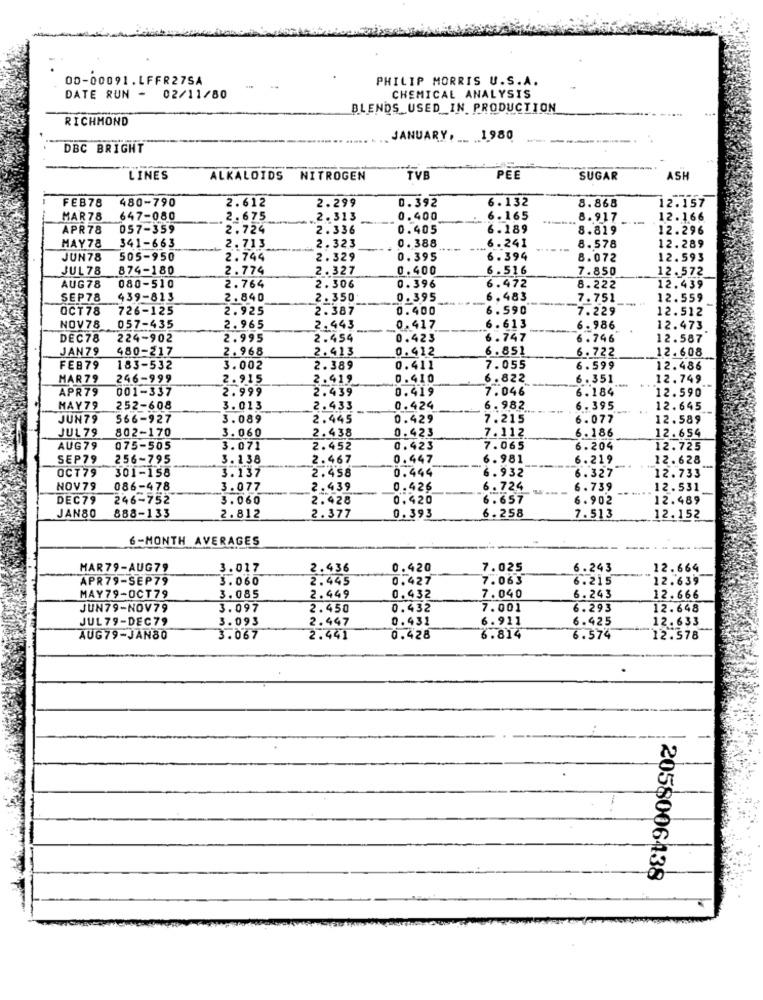
00-00091.LFFR27SA
PHILIP MORRIS U.S.A.
DATE RUN - 02/11/80
CHEMICAL ANALYSIS
BLENDS USED IN PRODUCTION
RICHMOND
JANUARY, __ 1980
DBC BRIGHT
LINES
ALKALOIDS
NITROGEN
TVB
PEE
SUGAR
ASH
480-790
0.392
6.132
FEB78
2.612
2.299
8.868
12.157
MAR78
647-080
2.675
2.313
0.400
6.165
8.917
12.166
APR78
057-359
2.724
2.336
0.405
6.189
8.819
12.296
MAY78
341-663
0.388
2.713
2.323
6.241
8.578
12.289
JUN78
505-950
2.744
2.329
0.395
6.394
8.072
12.593
JUL 78
874-180
2.774
2.327
0.400
6.516
7.850
12.572
AUG78
080-510
2.764
2. 306
0.396
6.472
8.222
12.439
SEP78
939-813
2.840
2.350
0.395
6.483
7.751
12.559
OCT78
726-125
2.925
2.387
0.400
6.590
7.229
12.512
NOV78
057-435
2.965
2.443
0.417
6.613
6.986
12.473
DEC78
224-902
2.995
2.454
0.423
6.747
6.746
12.587
JAN79
480-217
2.968
2.413
0.412
6.851
6.722
12.608
FEB79
183-532
3.002
2.389
0.411
7.055
6.599
12.486
MAR79
246-999
2.915
2.419
0.410
6.822
6.351
12.749
APR79
001-337
2.999
2.439
0.419
7.046
6.184
12.590
MAY79
252-608
3.013
2.433
0.424
6.982
6.395
12.645
JUN79
566-927
3.089
2.445
0.429
7.215
6.077
12.589
802-170
3.060
2.438
0.423
7.112
6.186
JUL 79
12.654
AUG79
075-505
3.071
2.452
0.423
7.065
6.204
12.725
SEP79
256-795
3.138
2.467
0.447
6.981
6.219
12.628
OCT79
301-158
3.137
2.458
0.444
--
6.932
6.327
12.733
-
NOV79
086-478
3.077
2.439
0.426
6.724
6.739
12.531
DEC79
246-752
3.060
2.428
0.420
6.657
6.902
12.489
888-133
2.812
0.393
6.258
JAN80
2.377
7.513
12.152
6-MONTH AVERAGES
MAR79-AUG79
3.017
2.436
0.420
7.025
6.243
12.664
APR79-SEP79
3.060
2.445
0.427
7.063
6.215
12.639
7.040
MAY79-OCT79
3.085
2.449
0.432
6.243
12.666
JUN79-NOV79
3.097
2.450
0.432
7.001
6.293
12.648
JUL79-DEC79
3.093
2.447
0.431
6.911
6.425
12.633
AUG79-JAN80
3.067
2.441
0.428
6.814
6.574
12.578
2058006438